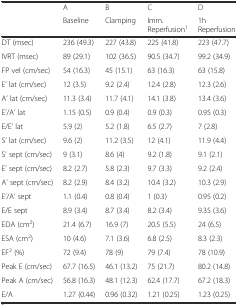
<table><thead><tr><td rowspan="2"></td><td><b>A</b></td><td><b>B</b></td><td><b>C</b></td><td><b>D</b></td></tr><tr><td><b>Baseline</b></td><td><b>Clamping</b></td><td><b>Imm. Reperfusion<sup>1</sup></b></td><td><b>1h Reperfusion</b></td></tr></thead><tbody><tr><td>DT (msec)</td><td>236 (49.3)</td><td>227 (43.8)</td><td>225 (41.8)</td><td>223 (47.7)</td></tr><tr><td>IVRT (msec)</td><td>89 (29.1)</td><td>102 (36.5)</td><td>90.5 (34.7)</td><td>99.2 (34.9)</td></tr><tr><td>FP vel (cm/sec)</td><td>54 (16.3)</td><td>45 (15.1)</td><td>63 (16.3)</td><td>63 (15.8)</td></tr><tr><td>E’ lat (cm/sec)</td><td>12 (3.5)</td><td>9.2 (2.4)</td><td>12.4 (2.8)</td><td>12.3 (2.6)</td></tr><tr><td>A’ lat (cm/sec)</td><td>11.3 (3.4)</td><td>11.7 (4.1)</td><td>14.1 (3.8)</td><td>13.4 (3.6)</td></tr><tr><td>E’/A’ lat</td><td>1.15 (0.5)</td><td>0.9 (0.4)</td><td>0.9 (0.3)</td><td>0.95 (0.3)</td></tr><tr><td>E/E’ lat</td><td>5.9 (2)</td><td>5.2 (1.8)</td><td>6.5 (2.7)</td><td>7 (2.8)</td></tr><tr><td>S’ lat (cm/sec)</td><td>9.6 (2)</td><td>11.2 (3.5)</td><td>12 (4.1)</td><td>11.9 (4.4)</td></tr><tr><td>S’ sept (cm/sec)</td><td>9 (3.1)</td><td>8.6 (4)</td><td>9.2 (1.8)</td><td>9.1 (2.1)</td></tr><tr><td>E’ sept (cm/sec)</td><td>8.2 (2.7)</td><td>5.8 (2.3)</td><td>9.7 (3.3)</td><td>9.2 (2.4)</td></tr><tr><td>A’ sept (cm/sec)</td><td>8.2 (2.9)</td><td>8.4 (3.2)</td><td>10.4 (3.2)</td><td>10.3 (2.9)</td></tr><tr><td>E’/A’ sept</td><td>1.1 (0.4)</td><td>0.8 (0.4)</td><td>1 (0.3)</td><td>0.95 (0.2)</td></tr><tr><td>E/E sept</td><td>8.9 (3.4)</td><td>8.7 (3.4)</td><td>8.2 (3.4)</td><td>9.35 (3.6)</td></tr><tr><td>EDA (cm<sup>2</sup>)</td><td>21.4 (6.7)</td><td>16.9 (7)</td><td>20.5 (5.5)</td><td>24 (6.5)</td></tr><tr><td>ESA (cm<sup>2</sup>)</td><td>10 (4.6)</td><td>7.1 (3.6)</td><td>6.8 (2.5)</td><td>8.3 (2.3)</td></tr><tr><td>EF<sup>2</sup> (%)</td><td>72 (9.4)</td><td>78 (9)</td><td>79 (7.4)</td><td>78 (10.9)</td></tr><tr><td>Peak E (cm/sec)</td><td>67.7 (16.5)</td><td>46.1 (13.2)</td><td>75 (21.7)</td><td>80.2 (14.8)</td></tr><tr><td>Peak A (cm/sec)</td><td>56.8 (16.3)</td><td>48.1 (12.3)</td><td>62.4 (17.7)</td><td>67.2 (18.3)</td></tr><tr><td>E/A</td><td>1.27 (0.44)</td><td>0.96 (0.32)</td><td>1.21 (0.25)</td><td>1.23 (0.25)</td></tr></tbody></table>